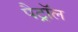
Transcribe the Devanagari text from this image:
पैट्रॉल